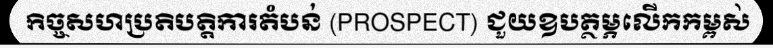
កិច្ចសហប្រតិបត្តិការតំបន់ (PROSPECT) ជួយឧបត្ថម្ភលើកកម្ពស់